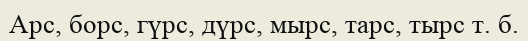
Арс, борс, гүрс, дүрс, мырс, тарс, тырс т. б.